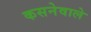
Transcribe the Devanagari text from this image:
कसनेवाले